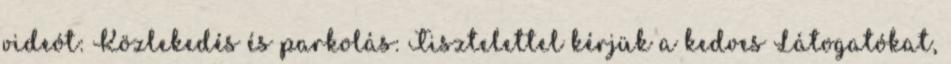
videót: Közlekedés és parkolás: Tisztelettel kérjük a kedves Látogatókat,